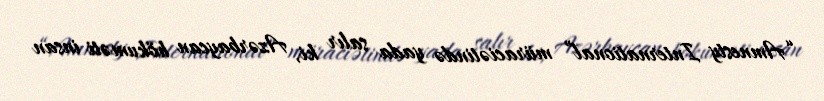
“Amnesty International” müraciətində yada salır ki, Azərbaycan hökuməti insan